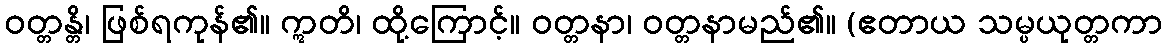
ဝတ္တန္တိ၊ ဖြစ်ရကုန်၏။ ဣတိ၊ ထို့ကြောင့်။ ဝတ္တနာ၊ ဝတ္တနာမည်၏။ (ဧတာယ သမ္ပယုတ္တကာ